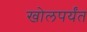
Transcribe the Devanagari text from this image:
खोलपर्यंत